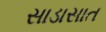
સાડાસાત